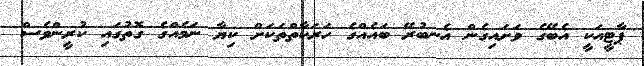
ޕާޓީއަކީ އެބޭގެ ވަށައިގެން އެނބުރޭ ބައެއްގެ ހަރަކާތްތަކަށް ކިޔާ ނަމެއްގެ ގޮތުގައި ކުރީންވެސް